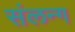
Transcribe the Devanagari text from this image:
संलन्ग